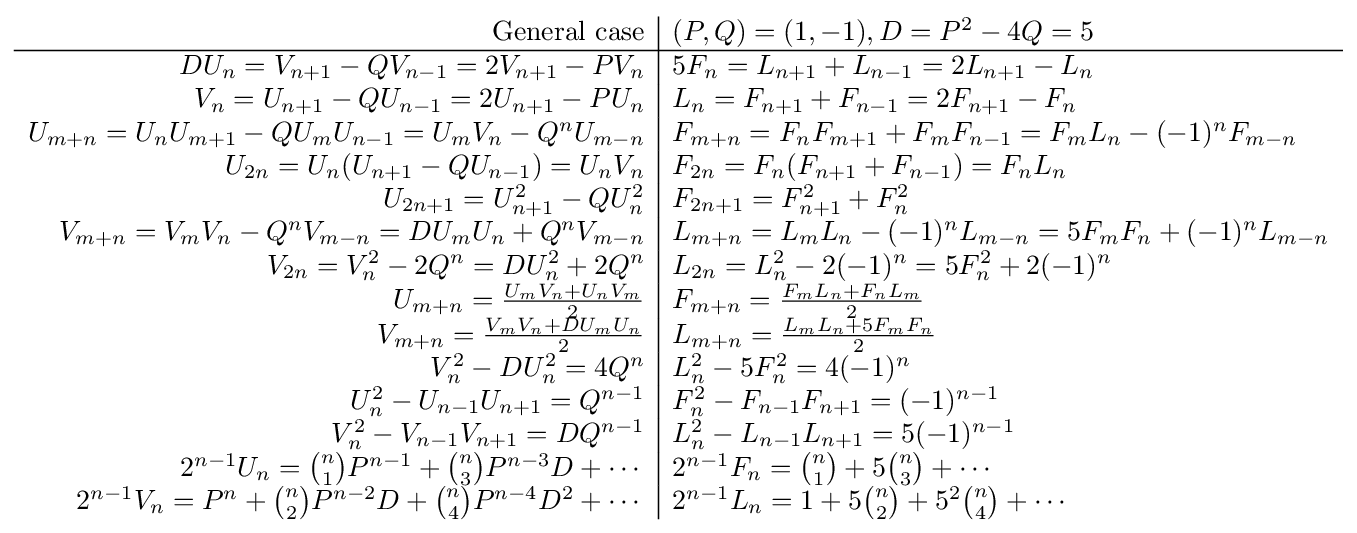
{\begin{array}{r|l}{\text{General case}}&(P,Q)=(1,-1),D=P^{2}-4Q=5\\\hline DU_{n}={V_{n+1}-QV_{n-1}}=2V_{n+1}-PV_{n}&5F_{n}={L_{n+1}+L_{n-1}}=2L_{n+1}-L_{n}\\V_{n}=U_{n+1}-QU_{n-1}=2U_{n+1}-PU_{n}&L_{n}=F_{n+1}+F_{n-1}=2F_{n+1}-F_{n}\\U_{m+n}=U_{n}U_{m+1}-QU_{m}U_{n-1}=U_{m}V_{n}-Q^{n}U_{m-n}&F_{m+n}=F_{n}F_{m+1}+F_{m}F_{n-1}=F_{m}L_{n}-(-1)^{n}F_{m-n}\\U_{2n}=U_{n}(U_{n+1}-QU_{n-1})=U_{n}V_{n}&F_{2n}=F_{n}(F_{n+1}+F_{n-1})=F_{n}L_{n}\\U_{2n+1}=U_{n+1}^{2}-QU_{n}^{2}&F_{2n+1}=F_{n+1}^{2}+F_{n}^{2}\\V_{m+n}=V_{m}V_{n}-Q^{n}V_{m-n}=DU_{m}U_{n}+Q^{n}V_{m-n}&L_{m+n}=L_{m}L_{n}-(-1)^{n}L_{m-n}=5F_{m}F_{n}+(-1)^{n}L_{m-n}\\V_{2n}=V_{n}^{2}-2Q^{n}=DU_{n}^{2}+2Q^{n}&L_{2n}=L_{n}^{2}-2(-1)^{n}=5F_{n}^{2}+2(-1)^{n}\\U_{m+n}={\frac {U_{m}V_{n}+U_{n}V_{m}}{2}}&F_{m+n}={\frac {F_{m}L_{n}+F_{n}L_{m}}{2}}\\V_{m+n}={\frac {V_{m}V_{n}+DU_{m}U_{n}}{2}}&L_{m+n}={\frac {L_{m}L_{n}+5F_{m}F_{n}}{2}}\\V_{n}^{2}-DU_{n}^{2}=4Q^{n}&L_{n}^{2}-5F_{n}^{2}=4(-1)^{n}\\U_{n}^{2}-U_{n-1}U_{n+1}=Q^{n-1}&F_{n}^{2}-F_{n-1}F_{n+1}=(-1)^{n-1}\\V_{n}^{2}-V_{n-1}V_{n+1}=DQ^{n-1}&L_{n}^{2}-L_{n-1}L_{n+1}=5(-1)^{n-1}\\2^{n-1}U_{n}={n \choose 1}P^{n-1}+{n \choose 3}P^{n-3}D+\cdots &2^{n-1}F_{n}={n \choose 1}+5{n \choose 3}+\cdots \\2^{n-1}V_{n}=P^{n}+{n \choose 2}P^{n-2}D+{n \choose 4}P^{n-4}D^{2}+\cdots &2^{n-1}L_{n}=1+5{n \choose 2}+5^{2}{n \choose 4}+\cdots \end{array}}